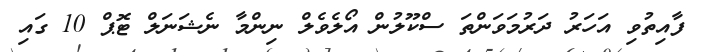
ފާއިތުވި އަހަރު ދަރުމަވަންތަ ސްކޫލުން އޯލެވެލް ނިންމާ ނެޝަނަލް ޓޮޕް 10 ގައި